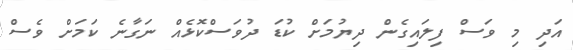
އަދި މި ވަސް ފިލައިގެން ދިޔުމަށް ކުޑަ ދުވަސްކޮޅެއް ނަގާނެ ކަމަށް ވެސް